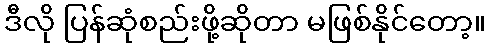
ဒီလို ပြန်ဆုံစည်းဖို့ဆိုတာ မဖြစ်နိုင်တော့။